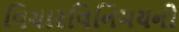
વિચારવિનિમયનો